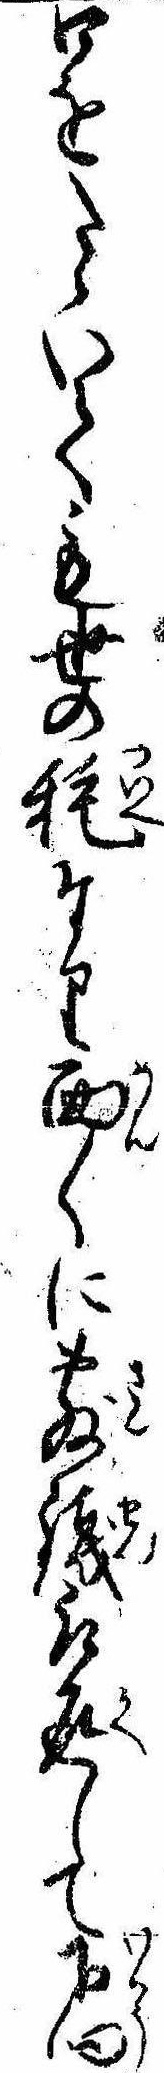
口をたゝいても世の耗なり面〱に散銭取返して下向